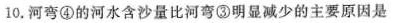
10.河弯④的河水含沙量比河弯③明显减少的主要原因是